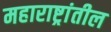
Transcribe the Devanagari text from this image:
महाराष्ट्रांतील